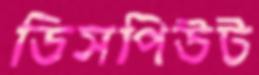
ডিসপিউট